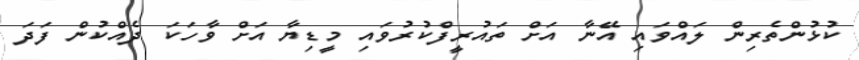
ކުޅުންތެރިން ލައްވައި އޭނާ އަށް ތައުރީފްކުރުވައި މީޑިޔާ އަށް ވާހަކަ ދެއްކުން ފަދަ